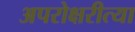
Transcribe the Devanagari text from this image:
अपरोक्षरीत्या